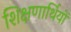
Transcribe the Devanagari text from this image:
शिक्षणार्थियों